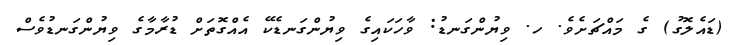
(ޑައެލޮގު) ގެ މައްޗަށެވެ. ހ. ވިޔުންގަނޑު: ވާހަކައިގެ ވިޔުންގަނޑެކޭ އެއްގޮތަށް ޑުރާމާގެ ވިޔުންގަނޑުވެސް